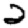
Digit: 2